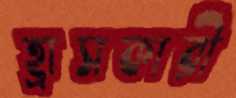
হ্রাসকারী